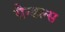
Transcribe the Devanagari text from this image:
ग्रैन्डल्स